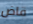
قاض